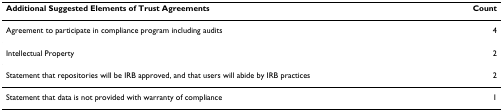
<table><thead><tr><td><b>Additional Suggested Elements of Trust Agreements</b></td><td><b>Count</b></td></tr></thead><tbody><tr><td>Agreement to participate in compliance program including audits</td><td>4</td></tr><tr><td>Intellectual Property</td><td>2</td></tr><tr><td>Statement that repositories will be IRB approved, and that users will abide by IRB practices</td><td>2</td></tr><tr><td>Statement that data is not provided with warranty of compliance</td><td>1</td></tr></tbody></table>